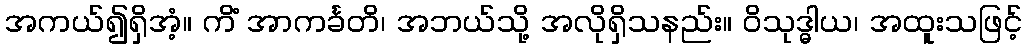
အကယ်၍ရှိအံ့။ ကိံ အာကင်္ခတိ၊ အဘယ်သို့ အလိုရှိသနည်း။ ဝိသုဒ္ဓါယ၊ အထူးသဖြင့်